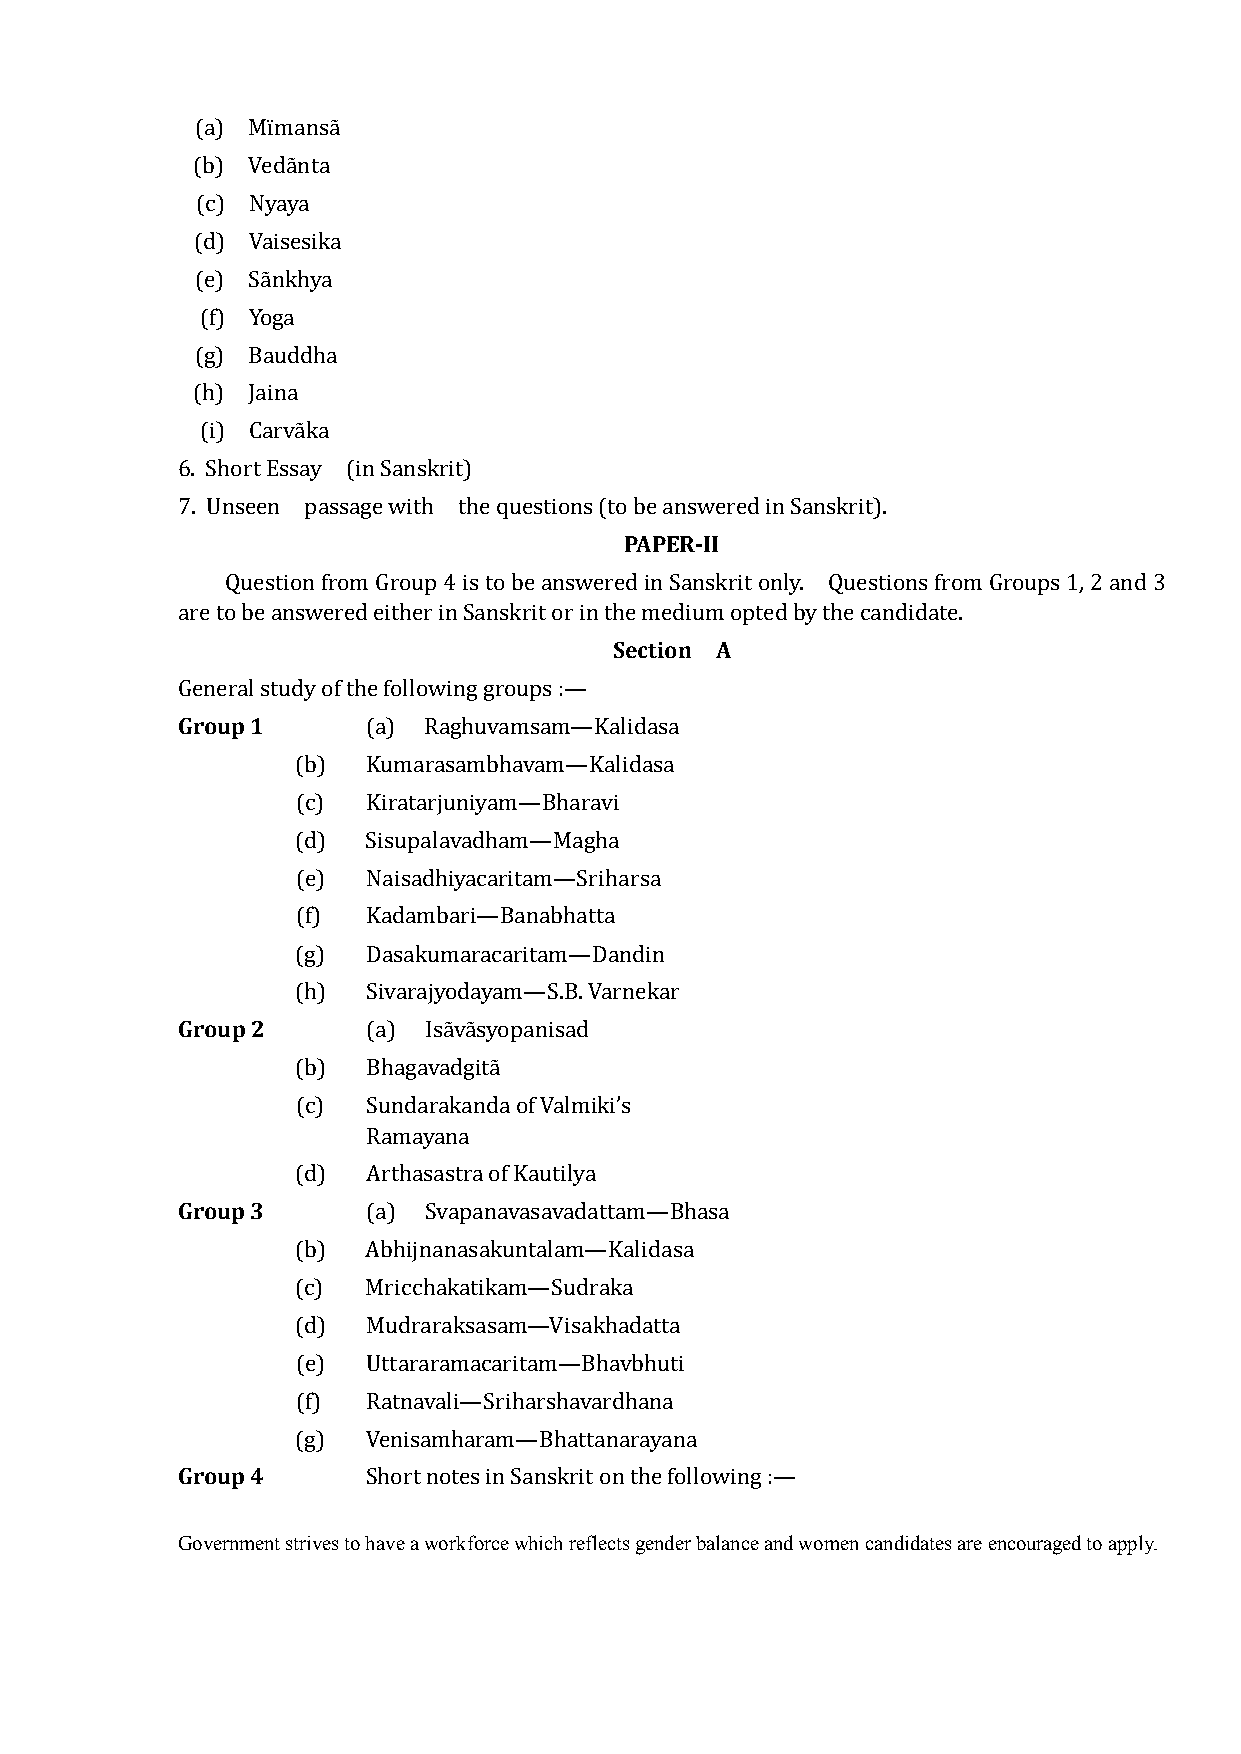
(a) Mïmansã
 (b) Vedãnta
 (c) Nyaya
 (d) Vaisesika
 (e) Sãnkhya
 (f) Yoga
 (g) Bauddha
 (h) Jaina
 (i) Carvãka
 6. Short Essay (in Sanskrit)
 PAPER-II
 7. Unseen passage with the questions (to be answered in Sanskrit).
 Question from Group 4 is to be answered in Sanskrit only. Questions from Groups 1, 2 and 3
 Section A
 are to be answered either in Sanskrit or in the medium opted by the candidate.
 Group 1
 General study of the following groups :—
 (a) Raghuvamsam—Kalidasa
 (b) Kumarasambhavam—Kalidasa
 (c) Kiratarjuniyam—Bharavi
 (d) Sisupalavadham—Magha
 (e) Naisadhiyacaritam—Sriharsa
 (f) Kadambari—Banabhatta
 (g) Dasakumaracaritam—Dandin
 Group 2
 (h) Sivarajyodayam—S.B. Varnekar
 (a) Isãvãsyopanisad
 (b) Bhagavadgitã
 (c) Sundarakanda of Valmiki’s
 Ramayana
 Group 3
 (d) Arthasastra of Kautilya
 (a) Svapanavasavadattam—Bhasa
 (b) Abhijnanasakuntalam—Kalidasa
 (c) Mricchakatikam—Sudraka
 (d) Mudraraksasam—Visakhadatta
 (e) Uttararamacaritam—Bhavbhuti
 (f) Ratnavali—Sriharshavardhana
 Group 4
 (g) Venisamharam—Bhattanarayana
 Short notes in Sanskrit on the following :—
 Government strives to have a workforce which reflects gender balance and women candidates are encouraged to apply.